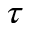
\tau